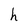
Character: h